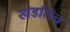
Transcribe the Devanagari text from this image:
खंडलिच